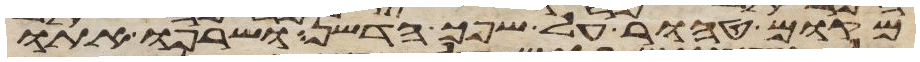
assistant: מקום טהור על שפך הדשן ושרפו אתו